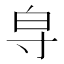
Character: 𱚞